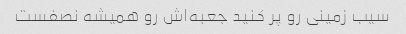
سیب زمینی رو پر کنید جعبه‌اش رو همیشه نصفست